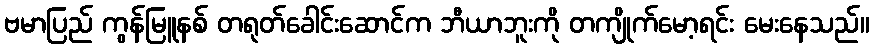
ဗမာပြည် ကွန်မြူနစ် တရုတ်ခေါင်းဆောင်က ဘီယာဘူးကို တကျိုက်မော့ရင်း မေးနေသည်။